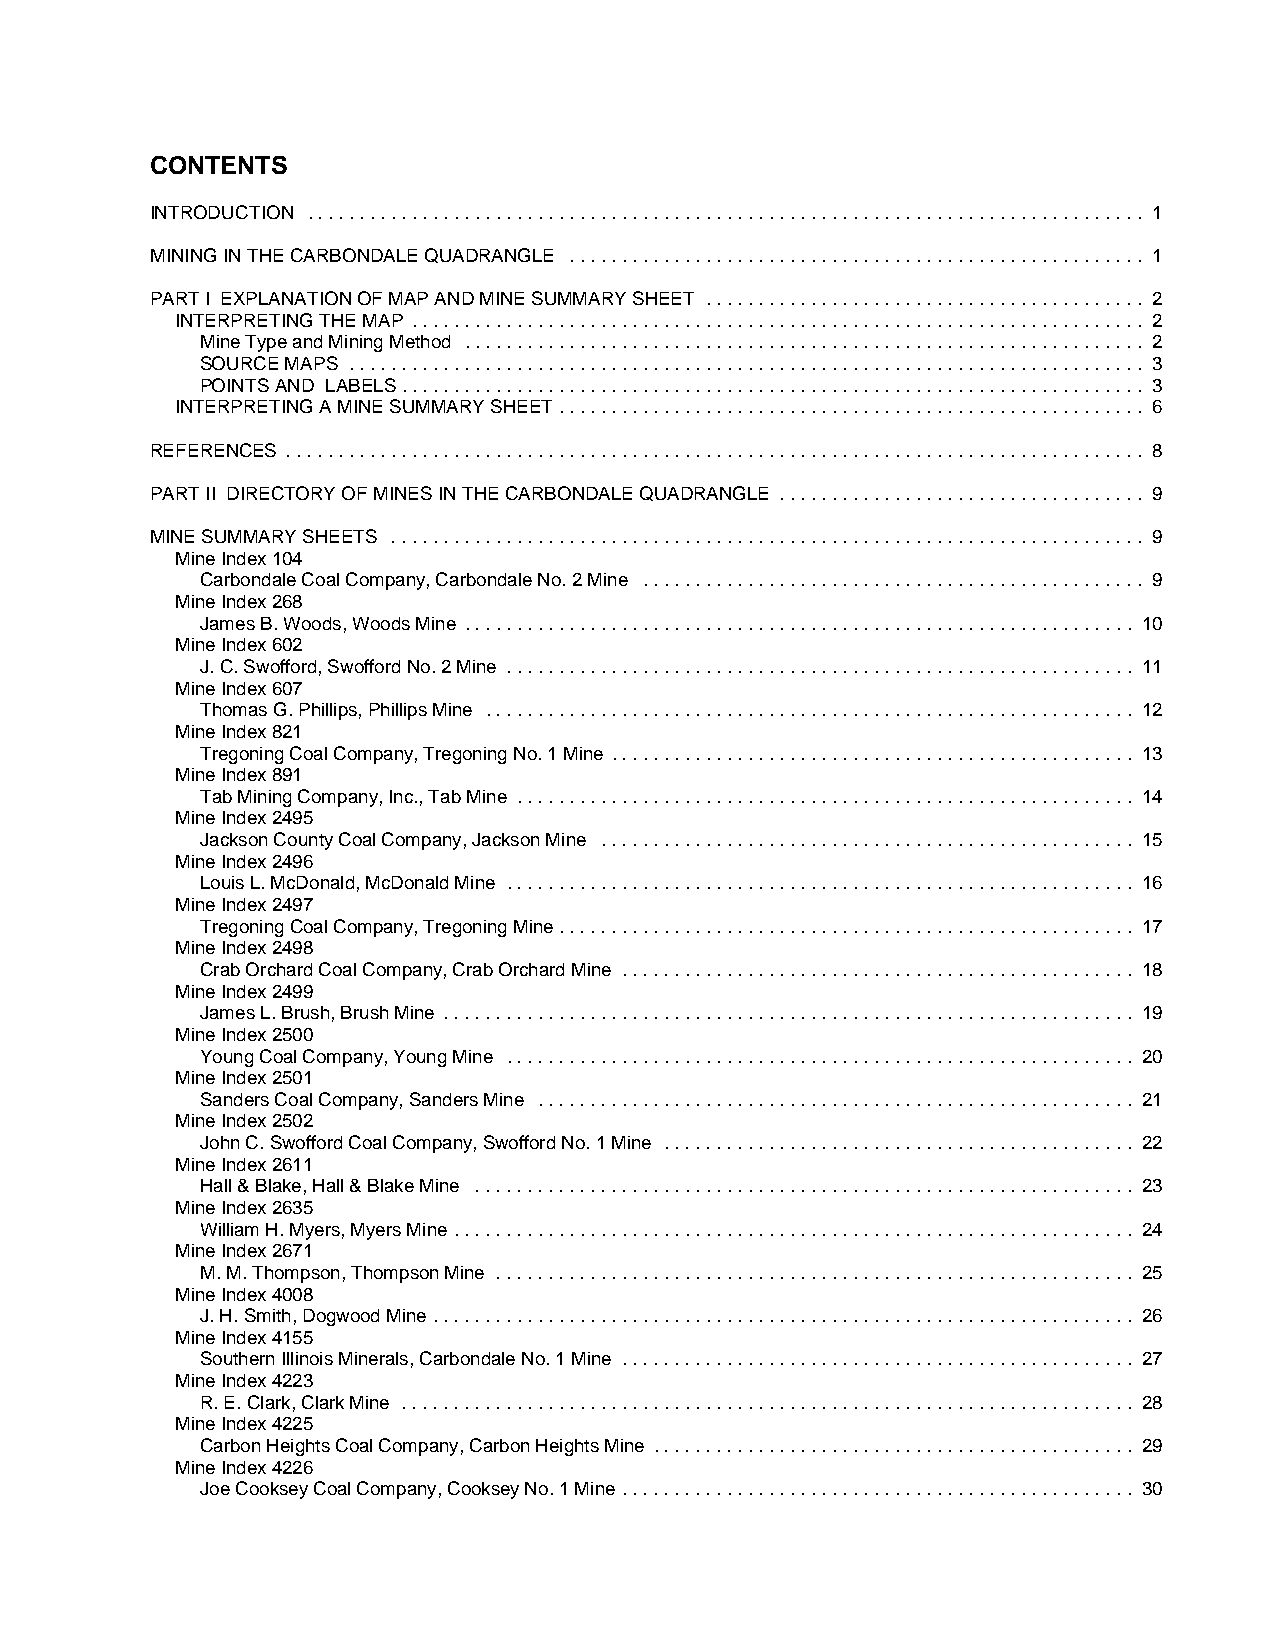
CONTENTS
 INTRODUCTION ................................................................................ 1
 MINING IN THE CARBONDALE QUADRANGLE ....................................................... 1
 PART I EXPLANATION OF MAP AND MINE SUMMARY SHEET .......................................... 2
 INTERPRETING THE MAP ...................................................................... 2
 Mine Type and Mining Method ................................................................. 2
 SOURCE MAPS ............................................................................ 3
 POINTS AND LABELS....................................................................... 3
 INTERPRETING A MINE SUMMARY SHEET........................................................ 6
 REFERENCES .................................................................................. 8
 PART II DIRECTORY OF MINES IN THE CARBONDALE QUADRANGLE ................................... 9
 MINE SUMMARY SHEETS ........................................................................ 9
 Mine Index 104
 Carbondale Coal Company, Carbondale No. 2 Mine ................................................ 9
 Mine Index 268
 James B. Woods, Woods Mine ................................................................ 10
 Mine Index 602
 J. C. Swofford, Swofford No. 2 Mine ............................................................ 11
 Mine Index 607
 Thomas G. Phillips, Phillips Mine .............................................................. 12
 Mine Index 821
 Tregoning Coal Company, Tregoning No. 1 Mine .................................................. 13
 Mine Index 891
 Tab Mining Company, Inc., Tab Mine ........................................................... 14
 Mine Index 2495
 Jackson County Coal Company, Jackson Mine ................................................... 15
 Mine Index 2496
 Louis L. McDonald, McDonald Mine ............................................................ 16
 Mine Index 2497
 Tregoning Coal Company, Tregoning Mine....................................................... 17
 Mine Index 2498
 Crab Orchard Coal Company, Crab Orchard Mine ................................................. 18
 Mine Index 2499
 James L. Brush, Brush Mine .................................................................. 19
 Mine Index 2500
 Young Coal Company, Young Mine ............................................................ 20
 Mine Index 2501
 Sanders Coal Company, Sanders Mine ......................................................... 21
 Mine Index 2502
 John C. Swofford Coal Company, Swofford No. 1 Mine ............................................. 22
 Mine Index 2611
 Hall & Blake, Hall & Blake Mine ............................................................... 23
 Mine Index 2635
 William H. Myers, Myers Mine ................................................................. 24
 Mine Index 2671
 M. M. Thompson, Thompson Mine ............................................................. 25
 Mine Index 4008
 J. H. Smith, Dogwood Mine ................................................................... 26
 Mine Index 4155
 Southern Illinois Minerals, Carbondale No. 1 Mine ................................................. 27
 Mine Index 4223
 R. E. Clark, Clark Mine ...................................................................... 28
 Mine Index 4225
 Carbon Heights Coal Company, Carbon Heights Mine .............................................. 29
 Mine Index 4226
 Joe Cooksey Coal Company, Cooksey No. 1 Mine ................................................. 30